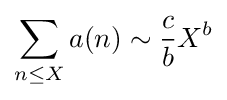
\sum _{n\leq X}a(n)\sim {\frac {c}{b}}X^{b}